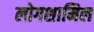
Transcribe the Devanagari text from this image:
लोगशामिल